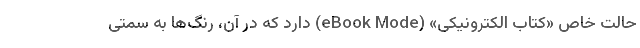
حالت خاص «کتاب الکترونیکی» (eBook Mode) دارد که در آن، رنگ‌ها به سمتی